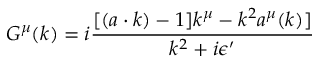
G ^ { \mu } ( k ) = i { \frac { [ ( a \cdot k ) - 1 ] k ^ { \mu } - k ^ { 2 } a ^ { \mu } ( k ) ] } { k ^ { 2 } + i \epsilon ^ { \prime } } }